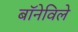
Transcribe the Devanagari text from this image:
बॉनेविले